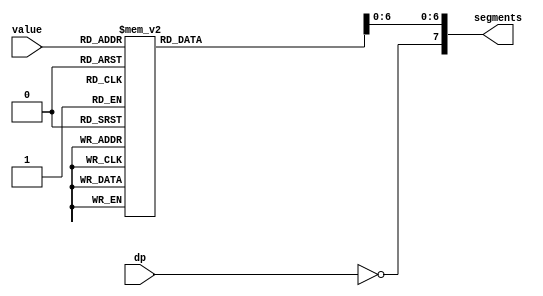
`timescale 1ns / 1ps
//////////////////////////////////////////////////////////////////////////////////
// Company: 
// Engineer: 
// 
// Design Name: 
// Module Name:    seven_segment 
// Project Name: 
// Target Devices: 
// Tool versions: 
// Description: 
//
// Dependencies: 
//
// Revision: 
// Revision 0.01 - File Created
// Additional Comments: 
//
//////////////////////////////////////////////////////////////////////////////////

// Decode 4 bits into seven-segment representation
module seven_segment_decoder(value, dp, segments);
	input [3:0] value;
	input dp;
	
	output reg [7:0] segments;
	
	// Decode 4-bit hex or bcd digit to lit segments.
	// The segments are controlled by the cathode (negative electrode)
	// so they are active low, meaning 0 is on and 1 is off.
	//
	// Segment legend:
	//
	//     _a_
	//   f|_g_|b
	//   e|_d_|c .dp
	//
	always @(value, dp) begin
		case (value)
			// Segment columns:  abcdefg
			4'h1 : segments = 7'b1001111;
			4'h2 : segments = 7'b0010010;
			4'h3 : segments = 7'b0000110;
			4'h4 : segments = 7'b1001100;
			4'h5 : segments = 7'b0100100;
			4'h6 : segments = 7'b0100000;
			4'h7 : segments = 7'b0001111;
			4'h8 : segments = 7'b0000000;
			4'h9 : segments = 7'b0000100;
			4'hA : segments = 7'b0001000; 
			4'hB : segments = 7'b1100000; // lower case
			4'hC : segments = 7'b0110001; 
			4'hD : segments = 7'b1000010; // lower case
			4'hE : segments = 7'b0110000; 
			4'hF : segments = 7'b0111000; 
			4'h0 : segments = 7'b0000001;
			default : segments = 7'b1111111;
		endcase
		segments[7] = ~dp;
	end
endmodule

// Display a value on a multiplexed seven segment display
module seven_segment_mux(clk, value, dp, segments, anodes);
	// Refresh the seven segment display too fast, and it will ghost; too slow, and it will flicker.
	// See http://en.wikipedia.org/wiki/Flicker_fusion_threshold for more information.
	// I have found that a refresh rate of around 14
	
	// Calculates the number of bits required for a given value
	function integer clog2;
	input integer value;
	begin
		value = value-1;
		for (clog2 = 0; value > 0; clog2 = clog2 + 1)
			value = value >> 1;
		end
	endfunction

	// Number of digits in the display
	parameter WIDTH = 3;

	input clk;
	input [4*WIDTH-1:0] value;
	input [WIDTH-1:0] dp;
	
	output [7:0] segments;
	output [WIDTH-1:0] anodes;
	
	reg [clog2(WIDTH)-1:0] active = 0;
	
	// Decode the 4 bits containing the current digit
	seven_segment_decoder decoder(.value(value[active*4 +: 4]), .dp(dp[active]), .segments(segments));

	// Anodes are driven by a PNP transistor which inverts its input, so they're active low
	// and we have to invert the output another time to get the correct digit to light up.
	assign anodes = ~(1 << active);

	// Cycle through multiplexed digits on each clock pulse.
	always @(posedge clk) active <= (active < WIDTH) ? (active + 1) : 0;
endmodule